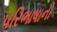
પરિભાષાનો